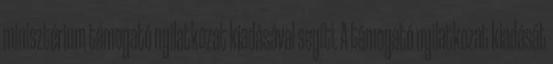
minisztérium támogató nyilatkozat kiadásával segíti. A támogató nyilatkozat kiadását